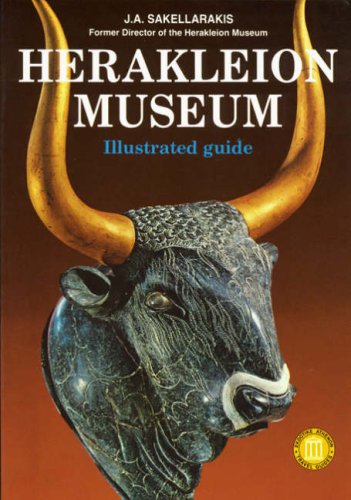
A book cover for Herakleion Museum: Illustrated Guide (Ekdotike Athenon Travel Guides); J. A. Sakellarakis; Travel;